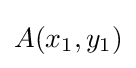
A(x_{1},y_{1})